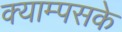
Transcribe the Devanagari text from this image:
क्याम्पसके